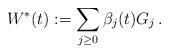
LaTeX: \begin{align*}W^*(t):=\sum_{j\geq 0}\beta_j(t) G_j\,.\end{align*}